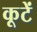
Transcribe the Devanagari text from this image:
कूटें